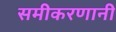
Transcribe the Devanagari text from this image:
समीकरणानी